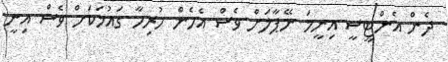
ދެން އެންޓީސީ އިނީމަ ނޭޕާލަށް ވެސް އެހެން ހުރިހާ ގައުމަކަށް ވެސް އިނީ